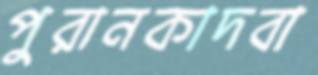
পুরানকাদবা